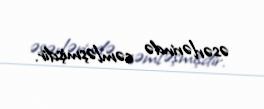
əsərlərində cəmləşmişdir.